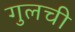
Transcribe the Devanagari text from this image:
गुलची